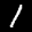
Label: 1